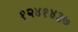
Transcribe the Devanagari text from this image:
१२४१४३७